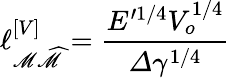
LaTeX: \ell_{\mathscr{M}\widehat{{\mathscr{M}}}}^{\left[V\right]}=\frac{{E^{\prime1/4}V_{o}^{1/4}}}{{\varDelta\gamma^{1/4}}}